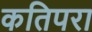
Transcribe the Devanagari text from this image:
कतिपरा